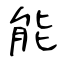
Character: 能